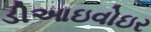
ડીઆઇવોઇર